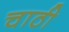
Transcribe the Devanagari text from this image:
चाठी